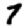
Digit: 7